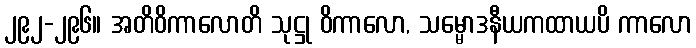
၂၉၂-၂၉၆။ အတိဝိကာလောတိ သုဋ္ဌု ဝိကာလော, သမ္မောဒနီယကထာယပိ ကာလော